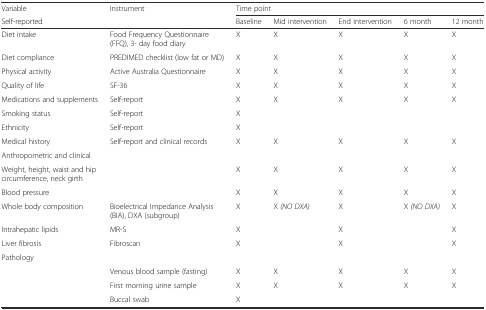
| Variable | Instrument | <COLSPAN=5> Time point |
 | Self-reported |  | Baseline | Mid intervention | End intervention | 6 month | 12 month |
 | --- | --- | --- | --- | --- | --- | --- |
 | Diet intake | Food Frequency Questionnaire (FFQ), 3- day food diary | X | X | X | X | X |
 | Diet compliance | PREDIMED checklist (low fat or MD) | X | X | X | X | X |
 | Physical activity | Active Australia Questionnaire | X | X | X | X | X |
 | Quality of life | SF-36 | X | X | X | X | X |
 | Medications and supplements | Self-report | X | X | X | X | X |
 | Smoking status | Self-report | X |  |  |  |  |
 | Ethnicity | Self-report | X |  |  |  |  |
 | Medical history | Self-report and clinical records | X | X | X | X | X |
 | <COLSPAN=7> Anthropometric and clinical |
 | Weight, height, waist and hip circumference, neck girth |  | X | X | X | X | X |
 | Blood pressure |  | X | X | X | X | X |
 | Whole body composition | Bioelectrical Impedance Analysis (BIA), DXA (subgroup) | X | X (NO DXA) | X | X (NO DXA) | X |
 | Intrahepatic lipids | MR-S | X |  | X |  | X |
 | Liver fibrosis | Fibroscan | X |  | X |  | X |
 | <COLSPAN=7> Pathology |
 |  | Venous blood sample (fasting) | X | X | X | X | X |
 |  | First morning urine sample | X | X | X | X | X |
 |  | Buccal swab | X |  |  |  |  |